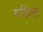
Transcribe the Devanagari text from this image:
महिमा